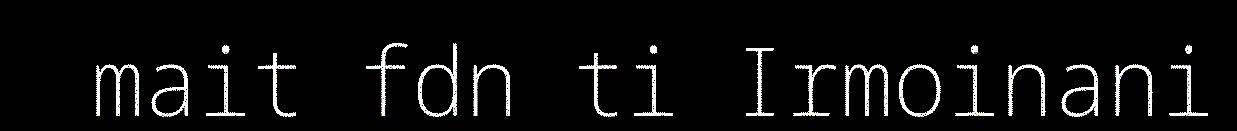
mait fdn ti Irmoinani